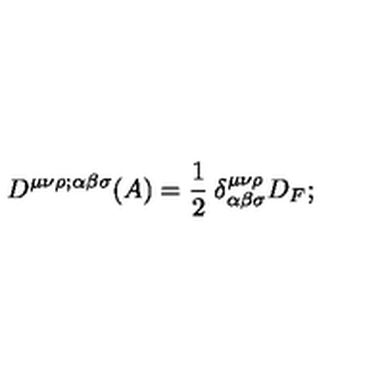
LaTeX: D ^ { \mu \nu \rho ; \alpha \beta \sigma } ( A ) = \frac { 1 } { 2 } \: \delta _ { \alpha \beta \sigma } ^ { \mu \nu \rho } D _ { F } ;